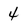
Character: 4